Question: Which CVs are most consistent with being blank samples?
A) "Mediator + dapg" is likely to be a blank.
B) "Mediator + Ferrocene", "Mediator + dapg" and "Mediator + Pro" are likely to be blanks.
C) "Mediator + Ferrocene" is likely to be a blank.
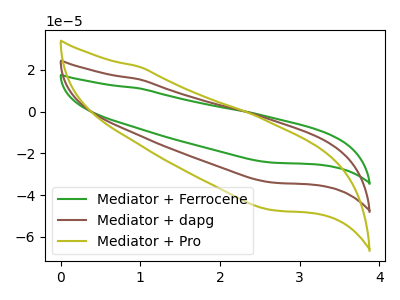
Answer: <think>The green curve "Mediator + Ferrocene" has no peaks. The brown curve "Mediator + dapg" has no peaks. The olive curve "Mediator + Pro" has no peaks.</think>
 <answer>B) "Mediator + Ferrocene", "Mediator + dapg" and "Mediator + Pro" are likely to be blanks.</answer>
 <eval>B</eval>